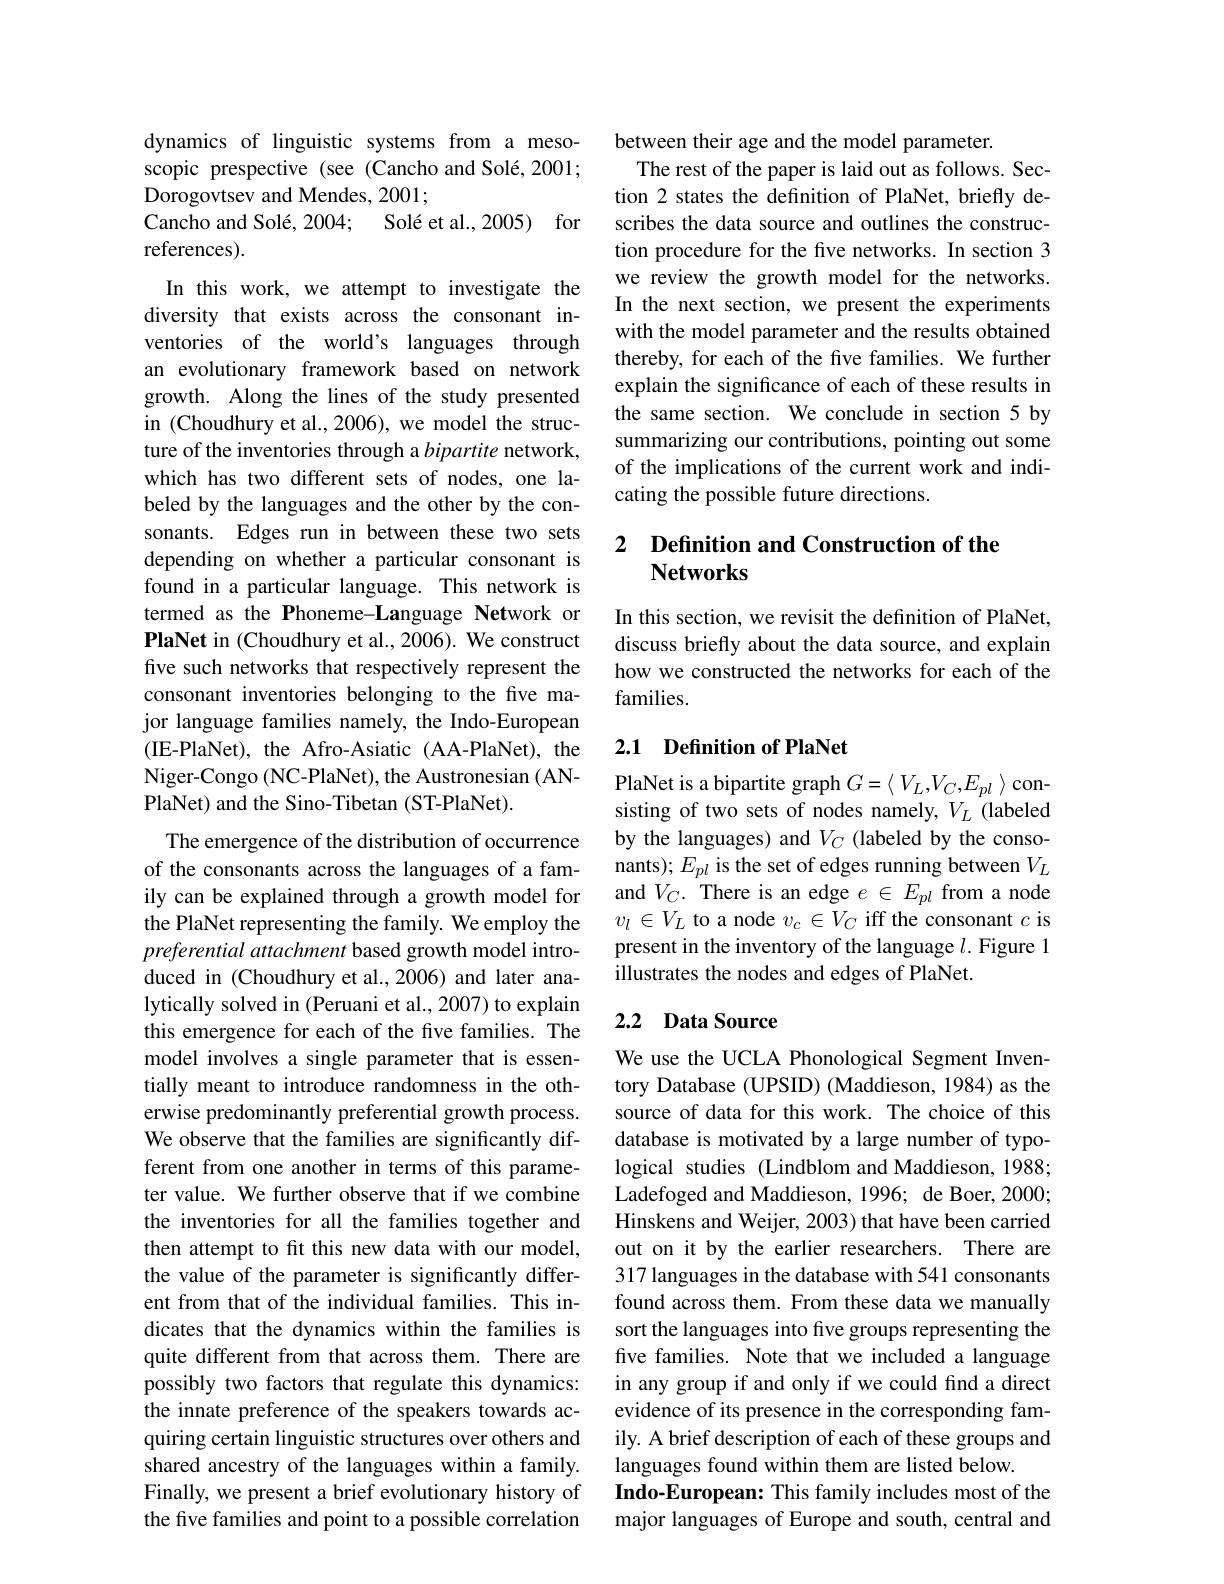
dynamics of linguistic systems from a mesoscopic prespective (see (Cancho and Solé, 2001; Dorogovtsev and Mendes, 2001;
Cancho and Solé, 2004; Solé et al., 2005) for
references).
In this work, we attempt to investigate the diversity that exists across the consonant inventories of the world's languages through an evolutionary framework based on network growth. Along the lines of the study presented in (Choudhury et al., 2006), we model the structure of the inventories through a bipartite network, which has two different sets of nodes, one labeled by the languages and the other by the consonants. Edges run in between these two sets depending on whether a particular consonant is found in a particular language. This network is termed as the Phoneme-Language Network or PlaNet in (Choudhury et al., 2006). We construct five such networks that respectively represent the consonant inventories belonging to the five major language families namely, the Indo-European (IE-PlaNet), the Afro-Asiatic (AA-PlaNet), the Niger-Congo (NC-PlaNet), the Austronesian (ANPlaNet) and the Sino-Tibetan (ST-PlaNet).
The emergence of the distribution of occurrence

of the consonants across the languages of a family can be explained through a growth model for the PlaNet representing the family. We employ the preferential attachment based growth model introduced in (Choudhury et al.,2006) and later analytically solved in (Peruani et al., 2007) to explain this emergence for each of the five families. The model involves a single parameter that is essentially meant to introduce randomness in the otherwise predominantly preferential growth process. We observe that the families are significantly different from one another in terms of this parameter value. We further observe that if we combine the inventories for all the families together and then attempt to fit this new data with our model, the value of the parameter is significantly different from that of the individual families. This indicates that the dynamics within the families is quite different from that across them. There are possibly two factors that regulate this dynamics: the innate preference of the speakers towards acquiring certain linguistic structures over others and shared ancestry of the languages within a family. Finally, we present a brief evolutionary history of the five families and point to a possible correlation

between their age and the model parameter.
The rest of the paper is laid out as follows. Section 2 states the definition of PlaNet, briefly describes the data source and outlines the construction procedure for the five networks. In section 3 we review the growth model for the networks. In the next section, we present the experiments with the model parameter and the results obtained thereby, for each of the five families. We further explain the significance of each of these results in the same section. We conclude in section 5 by summarizing our contributions, pointing out some of the implications of the current work and indicating the possible future directions.

# 2 Definition and Construction of the $\mathbf{Networks}$

In this section, we revisit the definition of PlaNet, discuss briefly about the data source, and explain how we constructed the networks for each of the families.

## 2.1 Definition of PlaNet

PlaNet is a bipartite graph $G=\langle V_L,V_C,E_{pl}\rangle$ consisting of two sets of nodes namely, $V_L$ (labeled by the languages) and $V_C$ (labeled by the consonants); $E_pl$ is the set of edges running between $V_L$ and $V_C.$ There is an edge $e\in E_pl$ from a node $v_l\in V_L$ to a node $v_c\in V_C$ iff the consonant $c$ is present in the inventory of the language $l.$ Figure 1 illustrates the nodes and edges of PlaNet.

## 2.2 Data Source

We use the UCLA Phonological Segment Inventory Database (UPSID) (Maddieson, 1984) as the source of data for this work. The choice of this database is motivated by a large number of typological studies (Lindblom and Maddieson, 1988; Ladefoged and Maddieson, 1996; de Boer, 2000; Hinskens and Weijer, 2003) that have been carried out on it by the earlier researchers. There are 317 languages in the database with 541 consonants found across them. From these data we manually sort the languages into five groups representing the five families. Note that we included a language in any group if and only if we could find a direct evidence of its presence in the corresponding family. A brief description of each of these groups and languages found within them are listed below.
Indo-European: This family includes most of the major languages of Europe and south, central and